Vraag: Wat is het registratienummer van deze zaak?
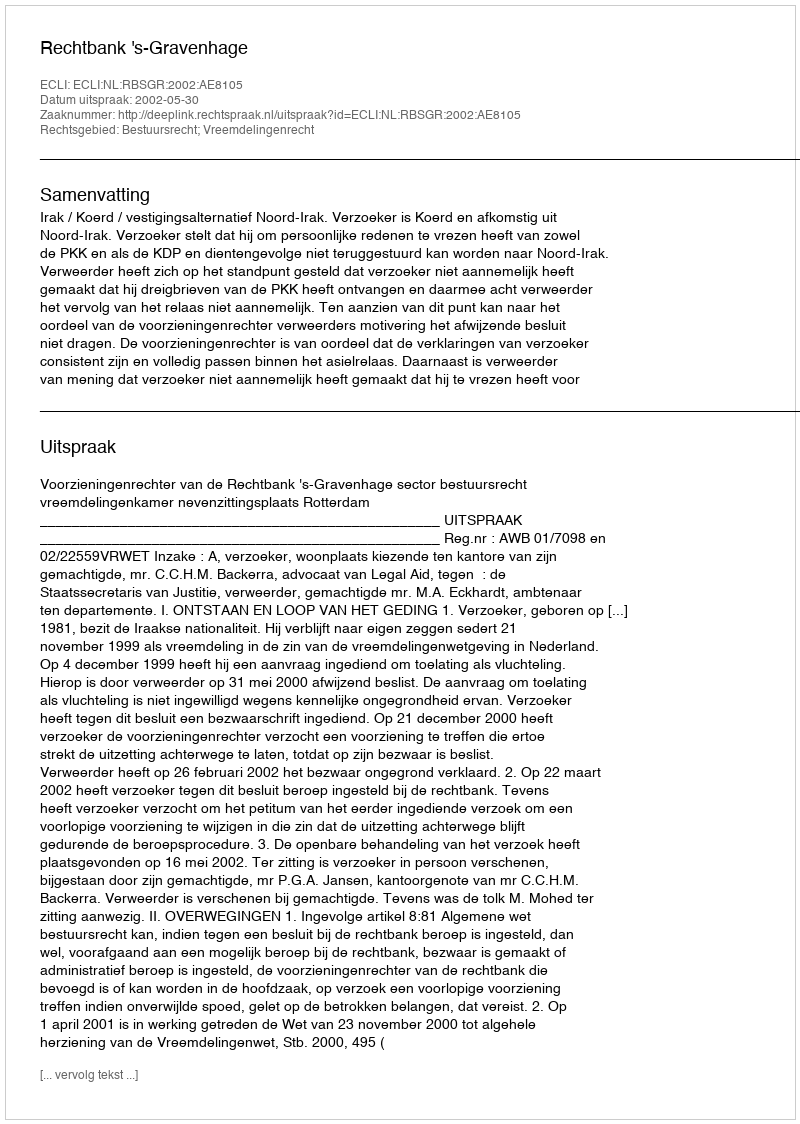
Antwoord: http://deeplink.rechtspraak.nl/uitspraak?id=ECLI:NL:RBSGR:2002:AE8105